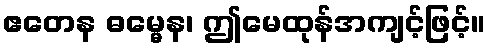
ဧတေန ဓမ္မေန၊ ဤမေထုန်အကျင့်ဖြင့်။